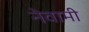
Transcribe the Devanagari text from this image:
नेवामी